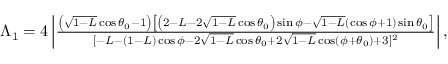
\begin{array} { r } { \Lambda _ { 1 } = 4 \left| \frac { \left( \sqrt { 1 - L } \cos \theta _ { 0 } - 1 \right) \left[ \left( 2 - L - 2 \sqrt { 1 - L } \cos \theta _ { 0 } \right) \sin \phi - \sqrt { 1 - L } ( \cos \phi + 1 ) \sin \theta _ { 0 } \right] } { [ - L - ( 1 - L ) \cos \phi - 2 \sqrt { 1 - L } \cos \theta _ { 0 } + 2 \sqrt { 1 - L } \cos ( \phi + \theta _ { 0 } ) + 3 ] ^ { 2 } } \right| , } \end{array}